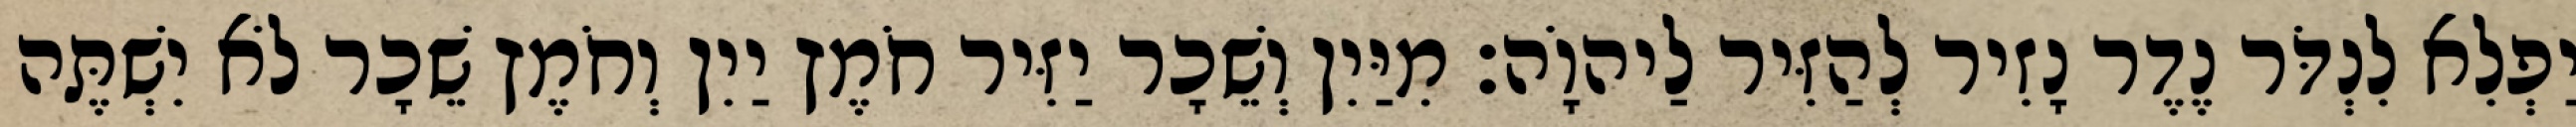
יַפְלִא לִנְדֹּר נֶדֶר נָזִיר לְהַזִּיר לַיהוָֹה׃ מִיַּיִן וְשֵׁכָר יַזִּיר חֹמֶץ יַיִן וְחֹמֶץ שֵׁכָר לֹא יִשְׁתֶּה